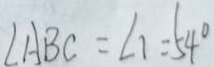
\angle A B C = \angle 1 = 5 4 ^ { \circ }